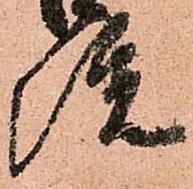
院